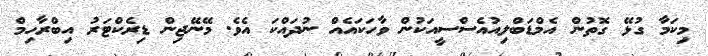
މިކަމާ ގުޅޭ ގޮތުން އެމްޑަބްލިއުއެސްސީއަކުން ވާހަކައެއް ނުދައްކަ އެވެ. މޭނޭޖިން ޑިރެކްޓަރު އިބްރާހިމް